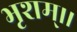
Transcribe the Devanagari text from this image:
भृशम्।।